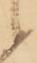
候